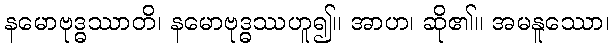
နမောဗုဒ္ဓဿာတိ၊ နမောဗုဒ္ဓဿဟူ၍။ အာဟ၊ ဆို၏။ အမနူဿော၊